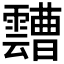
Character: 𩆦